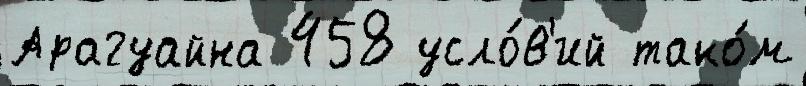
Арагуайна 458 усло́в'ий тако́м